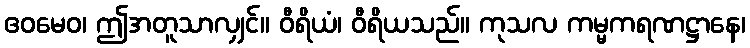
ဧဝမေဝ၊ ဤအတူသာလျှင်။ ဝီရိယံ၊ ဝီရိယသည်။ ကုသလ ကမ္မကရဏဋ္ဌာနေ၊